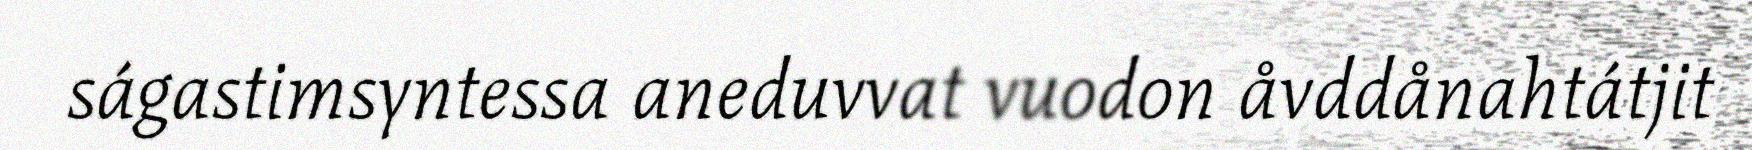
ságastimsyntessa aneduvvat vuodon åvddånahtátjit